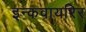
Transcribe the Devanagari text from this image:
इन्कवायरिर